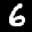
Label: 6